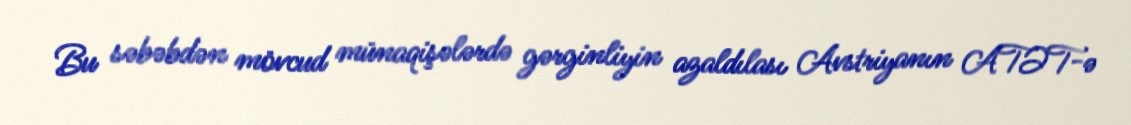
Bu səbəbdən mövcud münaqişələrdə gərginliyin azaldılası Avstriyanın ATƏT-ə